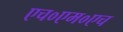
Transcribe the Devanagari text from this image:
एच०एम०एच